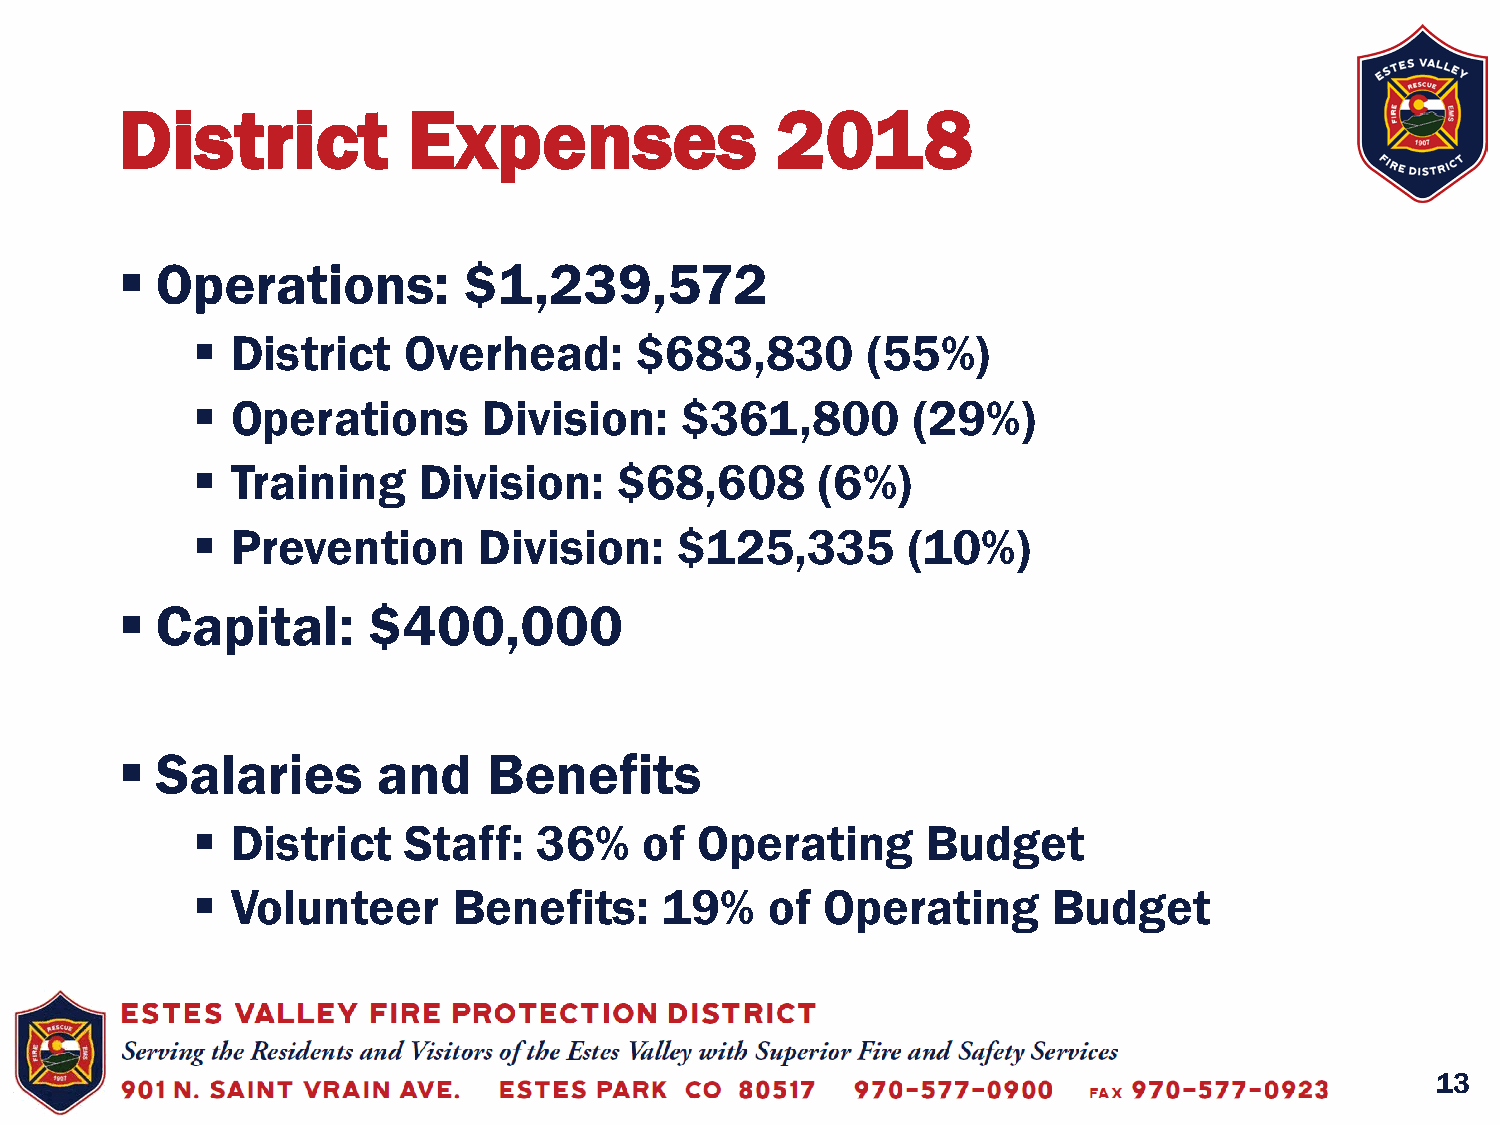
District           Expenses                2018
  Operations:          $1,239,572
  District    Overhead:      $683,830       (55%)
  Operations       Division:    $361,800       (29%)
  Training     Division:    $68,608      (6%)
  Prevention       Division:    $125,335       (10%)
  Capital:      $400,000
  Salaries       and    Benefits
  District    Staff:   36%    of Operating      Budget
  Volunteer      Benefits:     19%    of Operating       Budget
 13